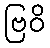
ဗြဝိ